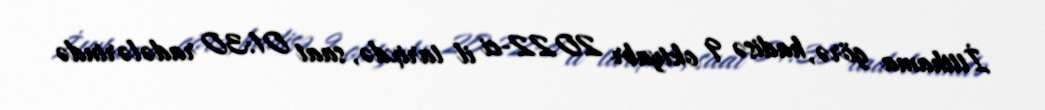
İttihama görə, hadisə 9 oktyabr 2022-ci il tarixdə, saat 01:30 radələrində